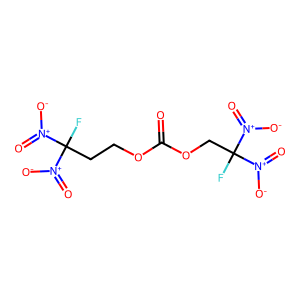
SMILES: O=C(OCCC(F)([N+](=O)[O-])[N+](=O)[O-])OCC(F)([N+](=O)[O-])[N+](=O)[O-]
Inhibits HIV replication: No